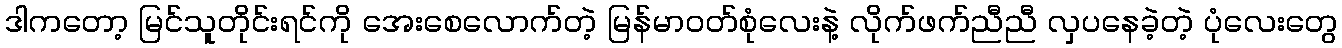
ဒါကတော့ မြင်သူတိုင်းရင်ကို အေးစေလောက်တဲ့ မြန်မာဝတ်စုံလေးနဲ့ လိုက်ဖက်ညီညီ လှပနေခဲ့တဲ့ ပုံလေးတွေ